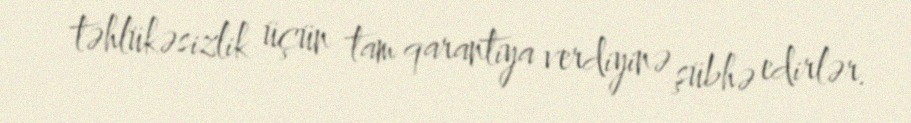
təhlükəsizlik üçün tam qarantiya verdiyinə şübhə edirlər.